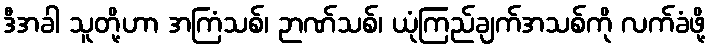
ဒီအခါ သူတို့ဟာ အကြံသစ်၊ ဉာဏ်သစ်၊ ယုံကြည်ချက်အသစ်ကို လက်ခံဖို့